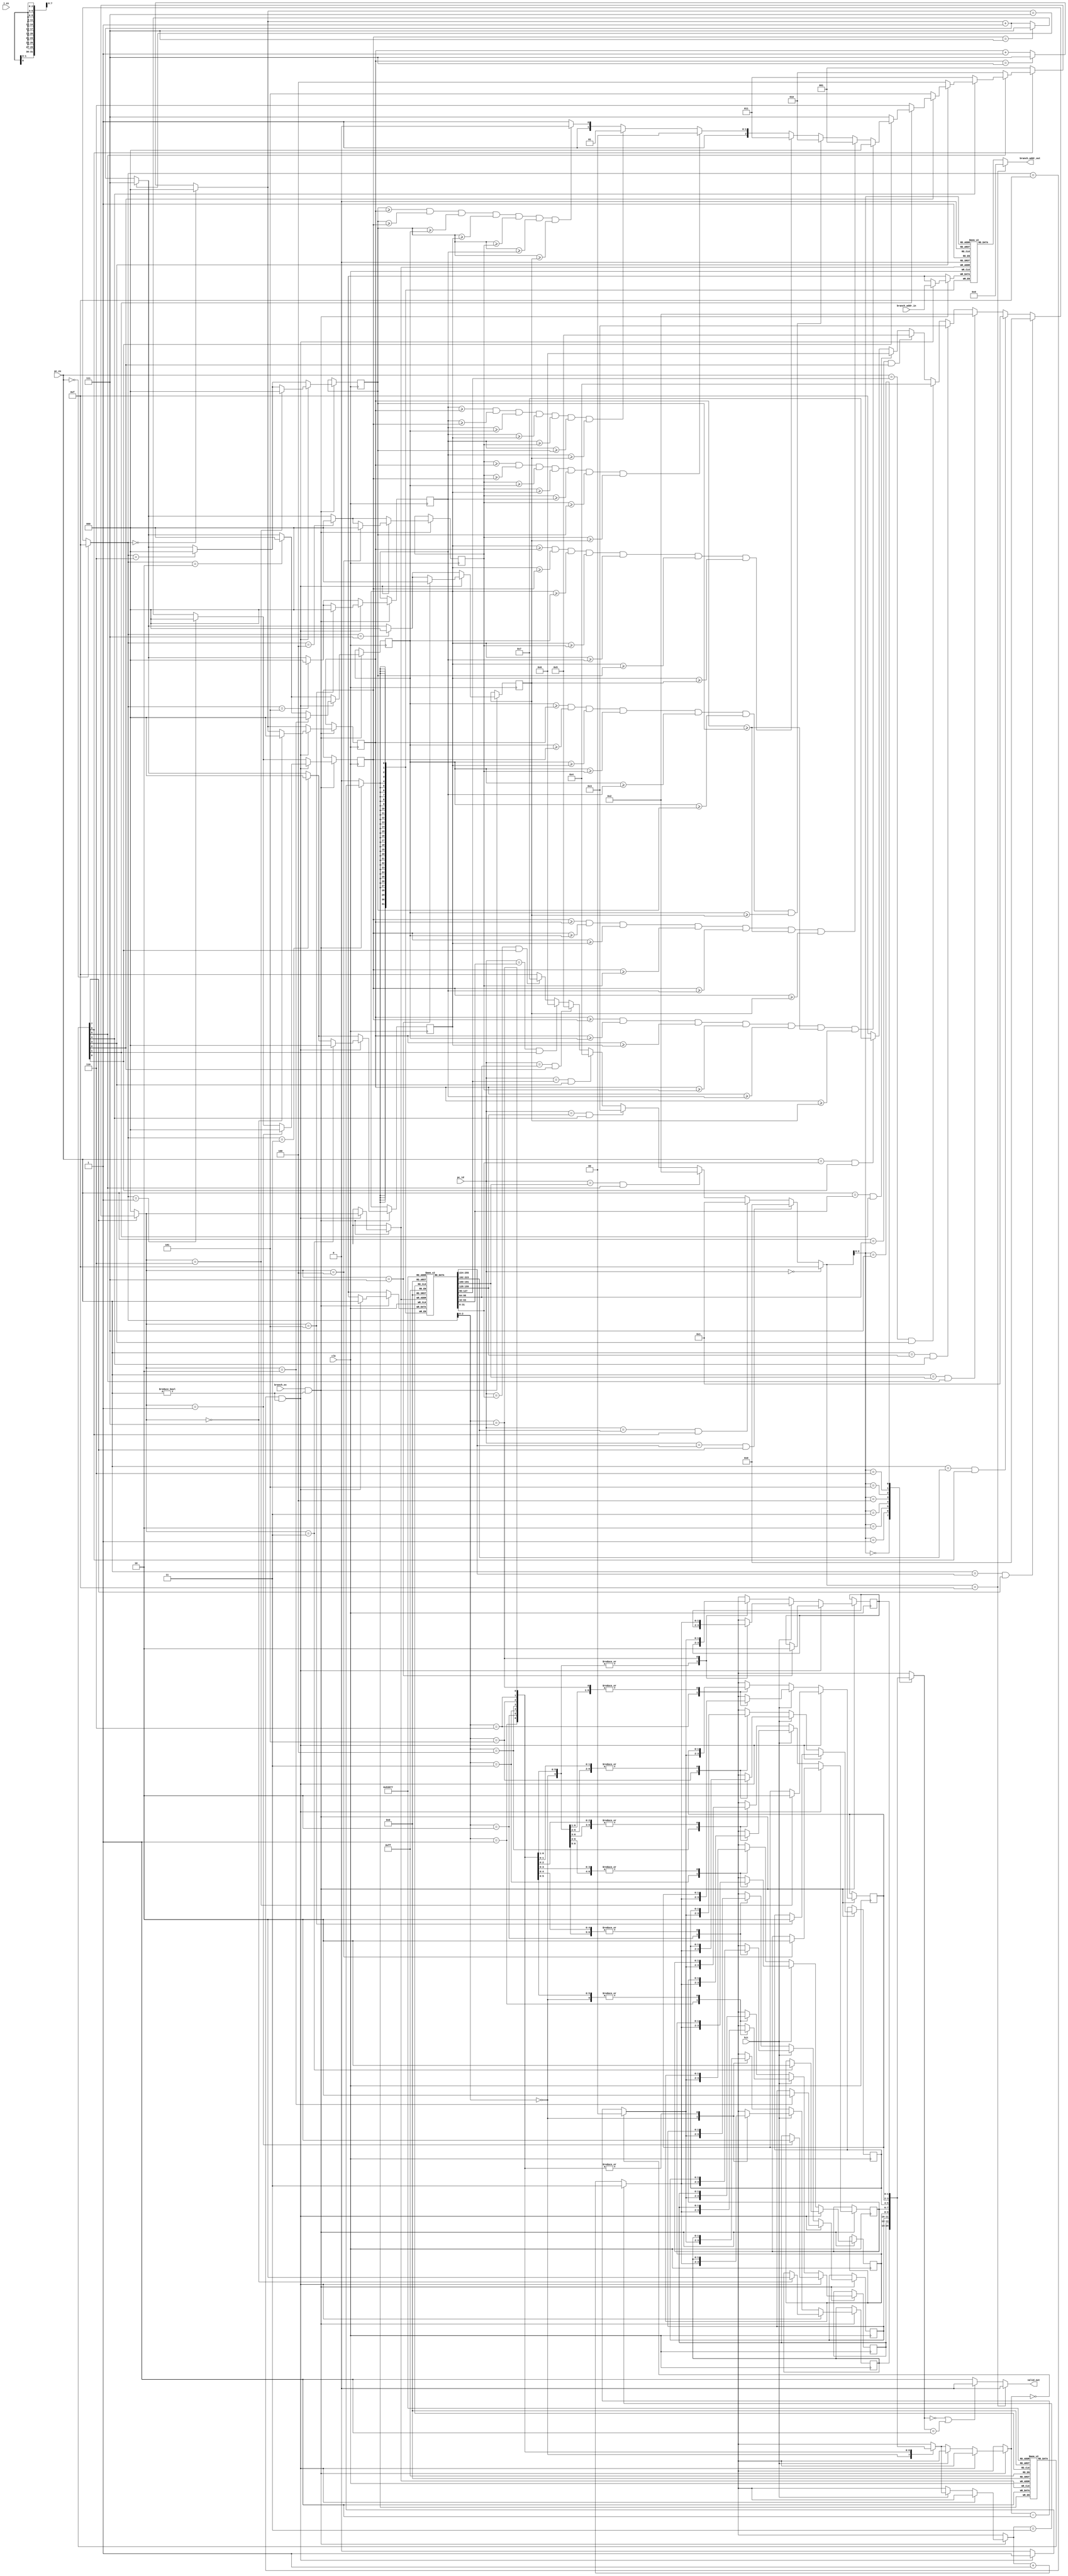
`timescale 1ns / 1ps
//////////////////////////////////////////////////////////////////////////////////
// Company: 
// Engineer: 
// 
// Design Name: 
// Module Name: bht
// Project Name: 
// Target Devices: 
// Tool Versions: 
// Description: 
// 
// Dependencies: 
// 
// Revision:
// Revision 0.01 - File Created
// Additional Comments:
// 
//////////////////////////////////////////////////////////////////////////////////


module bht(
    input clk,
    input [31:0] pc_id,
    input [31:0] pc_ex,
    input hit,
    input [31:0] branch_addr_in,
    input branch_ex,
    input j_ex,
    output [31:0]branch_addr_out,
    output valid_out
    //output [1:0]state_out
    );
    reg [31:0] bht_pc[7:0];
    reg [31:0] bht_branch_addr [7:0];
    reg [0:0] bht_valid [7:0];
    reg [1:0] bht_state [7:0];
    reg [2:0] LRU_count[7:0];
    
    integer i;
    initial
    begin
        for (i = 0 ; i <= 7; i = i + 1)
        begin
            bht_pc[i] = 32'b0;
            bht_branch_addr[i] = 32'b0;
            bht_valid[i] = 1'b0;
            bht_state[i] = 2'b00;
            LRU_count[i] = 3'b0;
        end 
    end
    
    
    wire [3:0] index_id;
    assign index_id =   (pc_id == 32'b0) ? 4'hf : 
                        (pc_id == bht_pc[0] && bht_valid[0]) ? 0 :
                        (pc_id == bht_pc[1] && bht_valid[1]) ? 1 :
                        (pc_id == bht_pc[2] && bht_valid[2]) ? 2 :
                        (pc_id == bht_pc[3] && bht_valid[3]) ? 3 :
                        (pc_id == bht_pc[4] && bht_valid[4]) ? 4 :
                        (pc_id == bht_pc[5] && bht_valid[5]) ? 5 :
                        (pc_id == bht_pc[6] && bht_valid[6]) ? 6 :
                        (pc_id == bht_pc[7] && bht_valid[7]) ? 7 :
                        4'hf;
    assign valid_out = (index_id == 4'hf) ? 0 : (( bht_state[index_id] == 0 || bht_state[index_id] == 1) ? 0 : 1);
    //assign state_out = valid_out ? bht_state[index_id]
    assign branch_addr_out = (index_id == 4'hf) ? 0 : bht_branch_addr[index_id];

    wire [3:0] index_ex;
    assign index_ex =   (pc_ex == 32'b0) ? 4'hf : 
                        (pc_ex == bht_pc[0] && bht_valid[0]) ? 0 :
                        (pc_ex == bht_pc[1] && bht_valid[1]) ? 1 :
                        (pc_ex == bht_pc[2] && bht_valid[2]) ? 2 :
                        (pc_ex == bht_pc[3] && bht_valid[3]) ? 3 :
                        (pc_ex == bht_pc[4] && bht_valid[4]) ? 4 :
                        (pc_ex == bht_pc[5] && bht_valid[5]) ? 5 :
                        (pc_ex == bht_pc[6] && bht_valid[6]) ? 6 :
                        (pc_ex == bht_pc[7] && bht_valid[7]) ? 7 :
                        4'hf;    
    
    
    wire [3:0]bht_index_choose;
    assign bht_index_choose = 
        bht_valid[0]==0 ? 0 : 
        (bht_valid[1]==0 ? 1 : 
        (bht_valid[2]==0 ? 2 : 
        (bht_valid[3]==0 ? 3 : 
        (bht_valid[4]==0 ? 4 : 
        (bht_valid[5]==0 ? 5 :
        (bht_valid[6]==0 ? 6 :
        (bht_valid[7]==0 ? 7 :
        ((LRU_count[0] >= LRU_count[1] && LRU_count[0] >= LRU_count[2]
        && LRU_count[0] >= LRU_count[3] && LRU_count[0] >= LRU_count[4]
        && LRU_count[0] >= LRU_count[5] && LRU_count[0] >= LRU_count[6]
        && LRU_count[0] >= LRU_count[7]) ? 0 :      
        ((LRU_count[1] >= LRU_count[0] && LRU_count[1] >= LRU_count[2]
        && LRU_count[1] >= LRU_count[3] && LRU_count[1] >= LRU_count[4]
        && LRU_count[1] >= LRU_count[5] && LRU_count[0] >= LRU_count[6]
        && LRU_count[1] >= LRU_count[7]) ? 1 : 
        ((LRU_count[2] >= LRU_count[0] && LRU_count[2] >= LRU_count[1]
        && LRU_count[2] >= LRU_count[3] && LRU_count[2] >= LRU_count[4]
        && LRU_count[2] >= LRU_count[5] && LRU_count[2] >= LRU_count[6]
        && LRU_count[2] >= LRU_count[7]) ? 2 : 
        ((LRU_count[3] >= LRU_count[0] && LRU_count[3] >= LRU_count[1]
        && LRU_count[3] >= LRU_count[2] && LRU_count[3] >= LRU_count[4]
        && LRU_count[3] >= LRU_count[5] && LRU_count[3] >= LRU_count[6]
        && LRU_count[3] >= LRU_count[7]) ? 3 : 
        ((LRU_count[4] >= LRU_count[0] && LRU_count[4] >= LRU_count[1]
        && LRU_count[4] >= LRU_count[2] && LRU_count[4] >= LRU_count[3]
        && LRU_count[4] >= LRU_count[5] && LRU_count[4] >= LRU_count[6]
        && LRU_count[4] >= LRU_count[7]) ? 4 : 
        ((LRU_count[5] >= LRU_count[0] && LRU_count[5] >= LRU_count[1]
        && LRU_count[5] >= LRU_count[2] && LRU_count[5] >= LRU_count[3]
        && LRU_count[5] >= LRU_count[4] && LRU_count[5] >= LRU_count[6]
        && LRU_count[5] >= LRU_count[7]) ? 5 :                       
        ((LRU_count[6] >= LRU_count[0] && LRU_count[6] >= LRU_count[1]
        && LRU_count[6] >= LRU_count[2] && LRU_count[6] >= LRU_count[3]
        && LRU_count[6] >= LRU_count[4] && LRU_count[6] >= LRU_count[5]
        && LRU_count[6] >= LRU_count[7]) ? 6 : 7       
        ))))))))))))));  
    
    
    
    
    always @(negedge clk)
    begin
        if(branch_ex && pc_ex!=32'b0)
        begin
            LRU_count[0] = (index_ex == 0) ? 0 : (LRU_count[0]==7 ? 7 : LRU_count[0] + 1);
            LRU_count[1] = (index_ex == 1) ? 0 : (LRU_count[1]==7 ? 7 : LRU_count[0] + 1);
            LRU_count[2] = (index_ex == 2) ? 0 : (LRU_count[0]==7 ? 7 : LRU_count[0] + 1);
            LRU_count[3] = (index_ex == 3) ? 0 : (LRU_count[0]==7 ? 7 : LRU_count[0] + 1);
            LRU_count[4] = (index_ex == 4) ? 0 : (LRU_count[0]==7 ? 7 : LRU_count[0] + 1);
            LRU_count[5] = (index_ex == 5) ? 0 : (LRU_count[0]==7 ? 7 : LRU_count[0] + 1);
            LRU_count[6] = (index_ex == 6) ? 0 : (LRU_count[0]==7 ? 7 : LRU_count[0] + 1);
            LRU_count[7] = (index_ex == 7) ? 0 : (LRU_count[0]==7 ? 7 : LRU_count[0] + 1);
            
            if(index_ex == 4'hf && pc_ex != 32'b0)
            begin
                LRU_count[bht_index_choose] <= 0;
                //bht_state[bht_index_choose] <= (j_ex==1) ? 3 : 2;
                bht_state[bht_index_choose] <= 2;
                bht_pc[bht_index_choose] <= pc_ex;
                bht_branch_addr[bht_index_choose] <= branch_addr_in;
                bht_valid[bht_index_choose] <= 1;
            end
            else if(hit)
            begin
                bht_state[index_ex] = ( bht_state[index_ex]==3 ) ? 3 : bht_state[index_ex] + 1;
            end
            else // not hit
                bht_state[index_ex] = ( bht_state[index_ex]==0 ) ? 0 : bht_state[index_ex] - 1;
        end
    
    end
endmodule